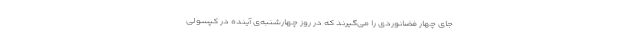
جای چهار فضانوردی را می‌گیرند که در روز چهارشنبه‌ی آینده در کپسولی